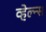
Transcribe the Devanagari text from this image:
व्हेल्न्स